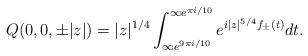
LaTeX: \begin{align*} Q(0,0,\pm|z|) = |z|^{1/4}\int_{\infty e^{9\pi i/10}}^{\infty e^{\pi i/10}} e^{i |z|^{5/4}f_{\pm}(t)} dt.\end{align*}